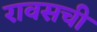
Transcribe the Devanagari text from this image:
रावसची